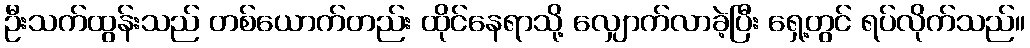
ဦးသက်ထွန်းသည် တစ်ယောက်တည်း ထိုင်နေရာသို့ လျှောက်လာခဲ့ပြီး ရှေ့တွင် ရပ်လိုက်သည်။